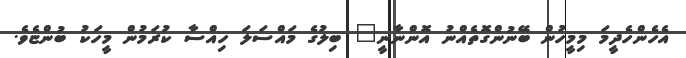
އެހެންހެދީމަ މިމީހުން ބޭނުންގޮތެއްނު އޮންނާނީ" ބިލުގެ މައްސަލަ ހިއްސާ ކުރަމުން މީހަކު ބުންޏެވެ.